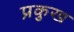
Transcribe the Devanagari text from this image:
प्रकुख